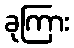
ခုကြား